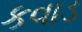
કવાડ